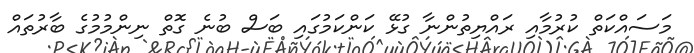
މަސައްކަތް ކުރުމާއި ރައްޔިތުންނާ ގުޅޭ ކަންކަމުގައި ބަސް ބުނެ ގޮތް ނިންމުމުގެ ބާރުތައް